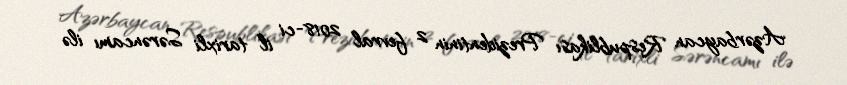
Azərbaycan Respublikası Prezidentinin 2 fevral 2018-ci il tarixli Sərəncamı ilə